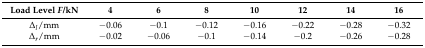
<table><thead><tr><td><b>Load Level <i>F</i>/kN</b></td><td><b>4</b></td><td><b>6</b></td><td><b>8</b></td><td><b>10</b></td><td><b>12</b></td><td><b>14</b></td><td><b>16</b></td></tr></thead><tbody><tr><td>Δ<i><sub>l</sub></i>/mm</td><td>−0.06</td><td>−0.1</td><td>−0.12</td><td>−0.16</td><td>−0.22</td><td>−0.28</td><td>−0.32</td></tr><tr><td>Δ<i><sub>r</sub></i>/mm</td><td>−0.02</td><td>−0.06</td><td>−0.1</td><td>−0.14</td><td>−0.2</td><td>−0.26</td><td>−0.28</td></tr></tbody></table>